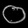
Digit: ၀